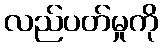
လည်ပတ်မှုကို